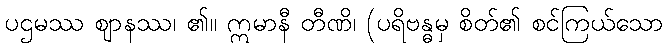
ပဌမဿ ဈာနဿ၊ ၏။ ဣမာနီ တီဏိ၊ (ပရိဗန္ဓမှ စိတ်၏ စင်ကြယ်သော